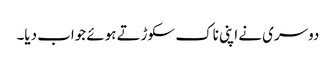
دوسری نے اپنی ناک سکوڑتے ہوئے جواب دیا۔